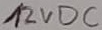
Text: 12VDC